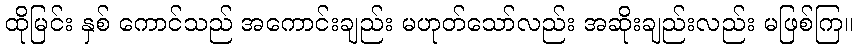
ထိုမြင်း နှစ် ကောင်သည် အကောင်းချည်း မဟုတ်သော်လည်း အဆိုးချည်းလည်း မဖြစ်ကြ။